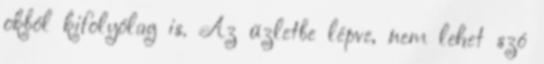
okból kifolyólag is. Az üzletbe lépve, nem lehet szó